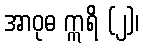
အာဝုဓ ဣရိ (၂)၊